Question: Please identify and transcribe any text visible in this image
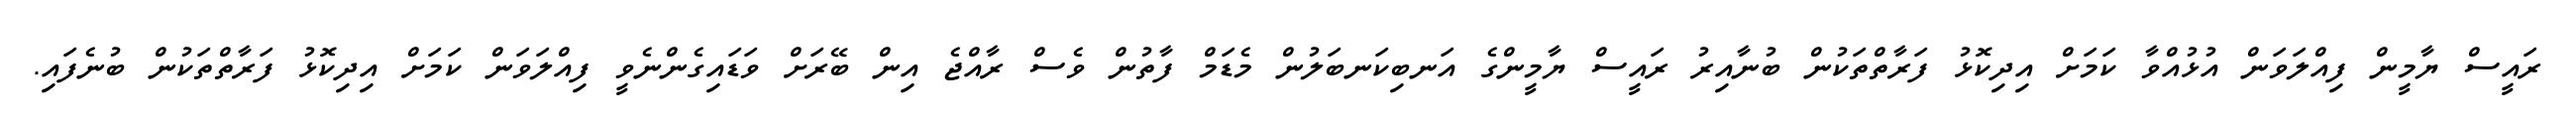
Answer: ރައީސް ޔާމީން ފިއްލަވަން އުޅުއްވާ ކަމަށް އިދިކޮޅު ފަރާތްތަކުން ބުނާއިރު ރައީސް ޔާމީންގެ އަނބިކަނބަލުން މެޑަމް ފާތުން ވެސް ރާއްޖެ އިން ބޭރަށް ވަޑައިގެންނެވީ ފިއްލަވަން ކަމަށް އިދިކޮޅު ފަރާތްތަކުން ބުނެފައި.